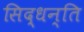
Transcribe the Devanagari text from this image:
सिद्धन्ति